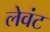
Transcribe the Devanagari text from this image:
लेवंट